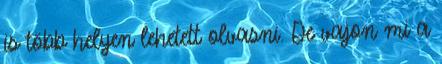
is több helyen lehetett olvasni. De vajon mi a